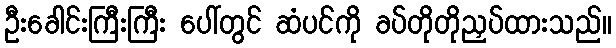
ဦးခေါင်းကြီးကြီး ပေါ်တွင် ဆံပင်ကို ခပ်တိုတိုညှပ်ထားသည်။